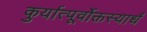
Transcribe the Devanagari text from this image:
कुर्यात्पूर्वोक्तस्यार्धं